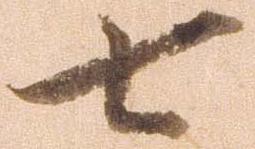
七